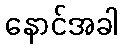
နောင်အခါ